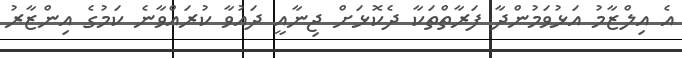
އެ އިލްޒާމު އަޅުވަމުންދާ ފަރާތްތަކާ ދެކޮޅަށް ޖިނާއީ ދައުވާ ކުރައްވާނެ ކަމުގެ އިންޒާރު